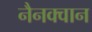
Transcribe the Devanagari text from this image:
नैनक्वान